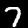
Digit: 7